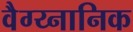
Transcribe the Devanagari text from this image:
वैग्य्नानिक